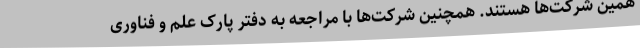
همین شرکت‌ها هستند. همچنین شرکت‌ها با مراجعه به دفتر پارک علم و فناوری